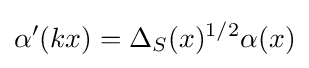
\alpha ^{\prime }(kx)=\Delta _{S}(x)^{1/2}\alpha (x)